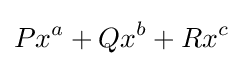
Px^{a}+Qx^{b}+Rx^{c}